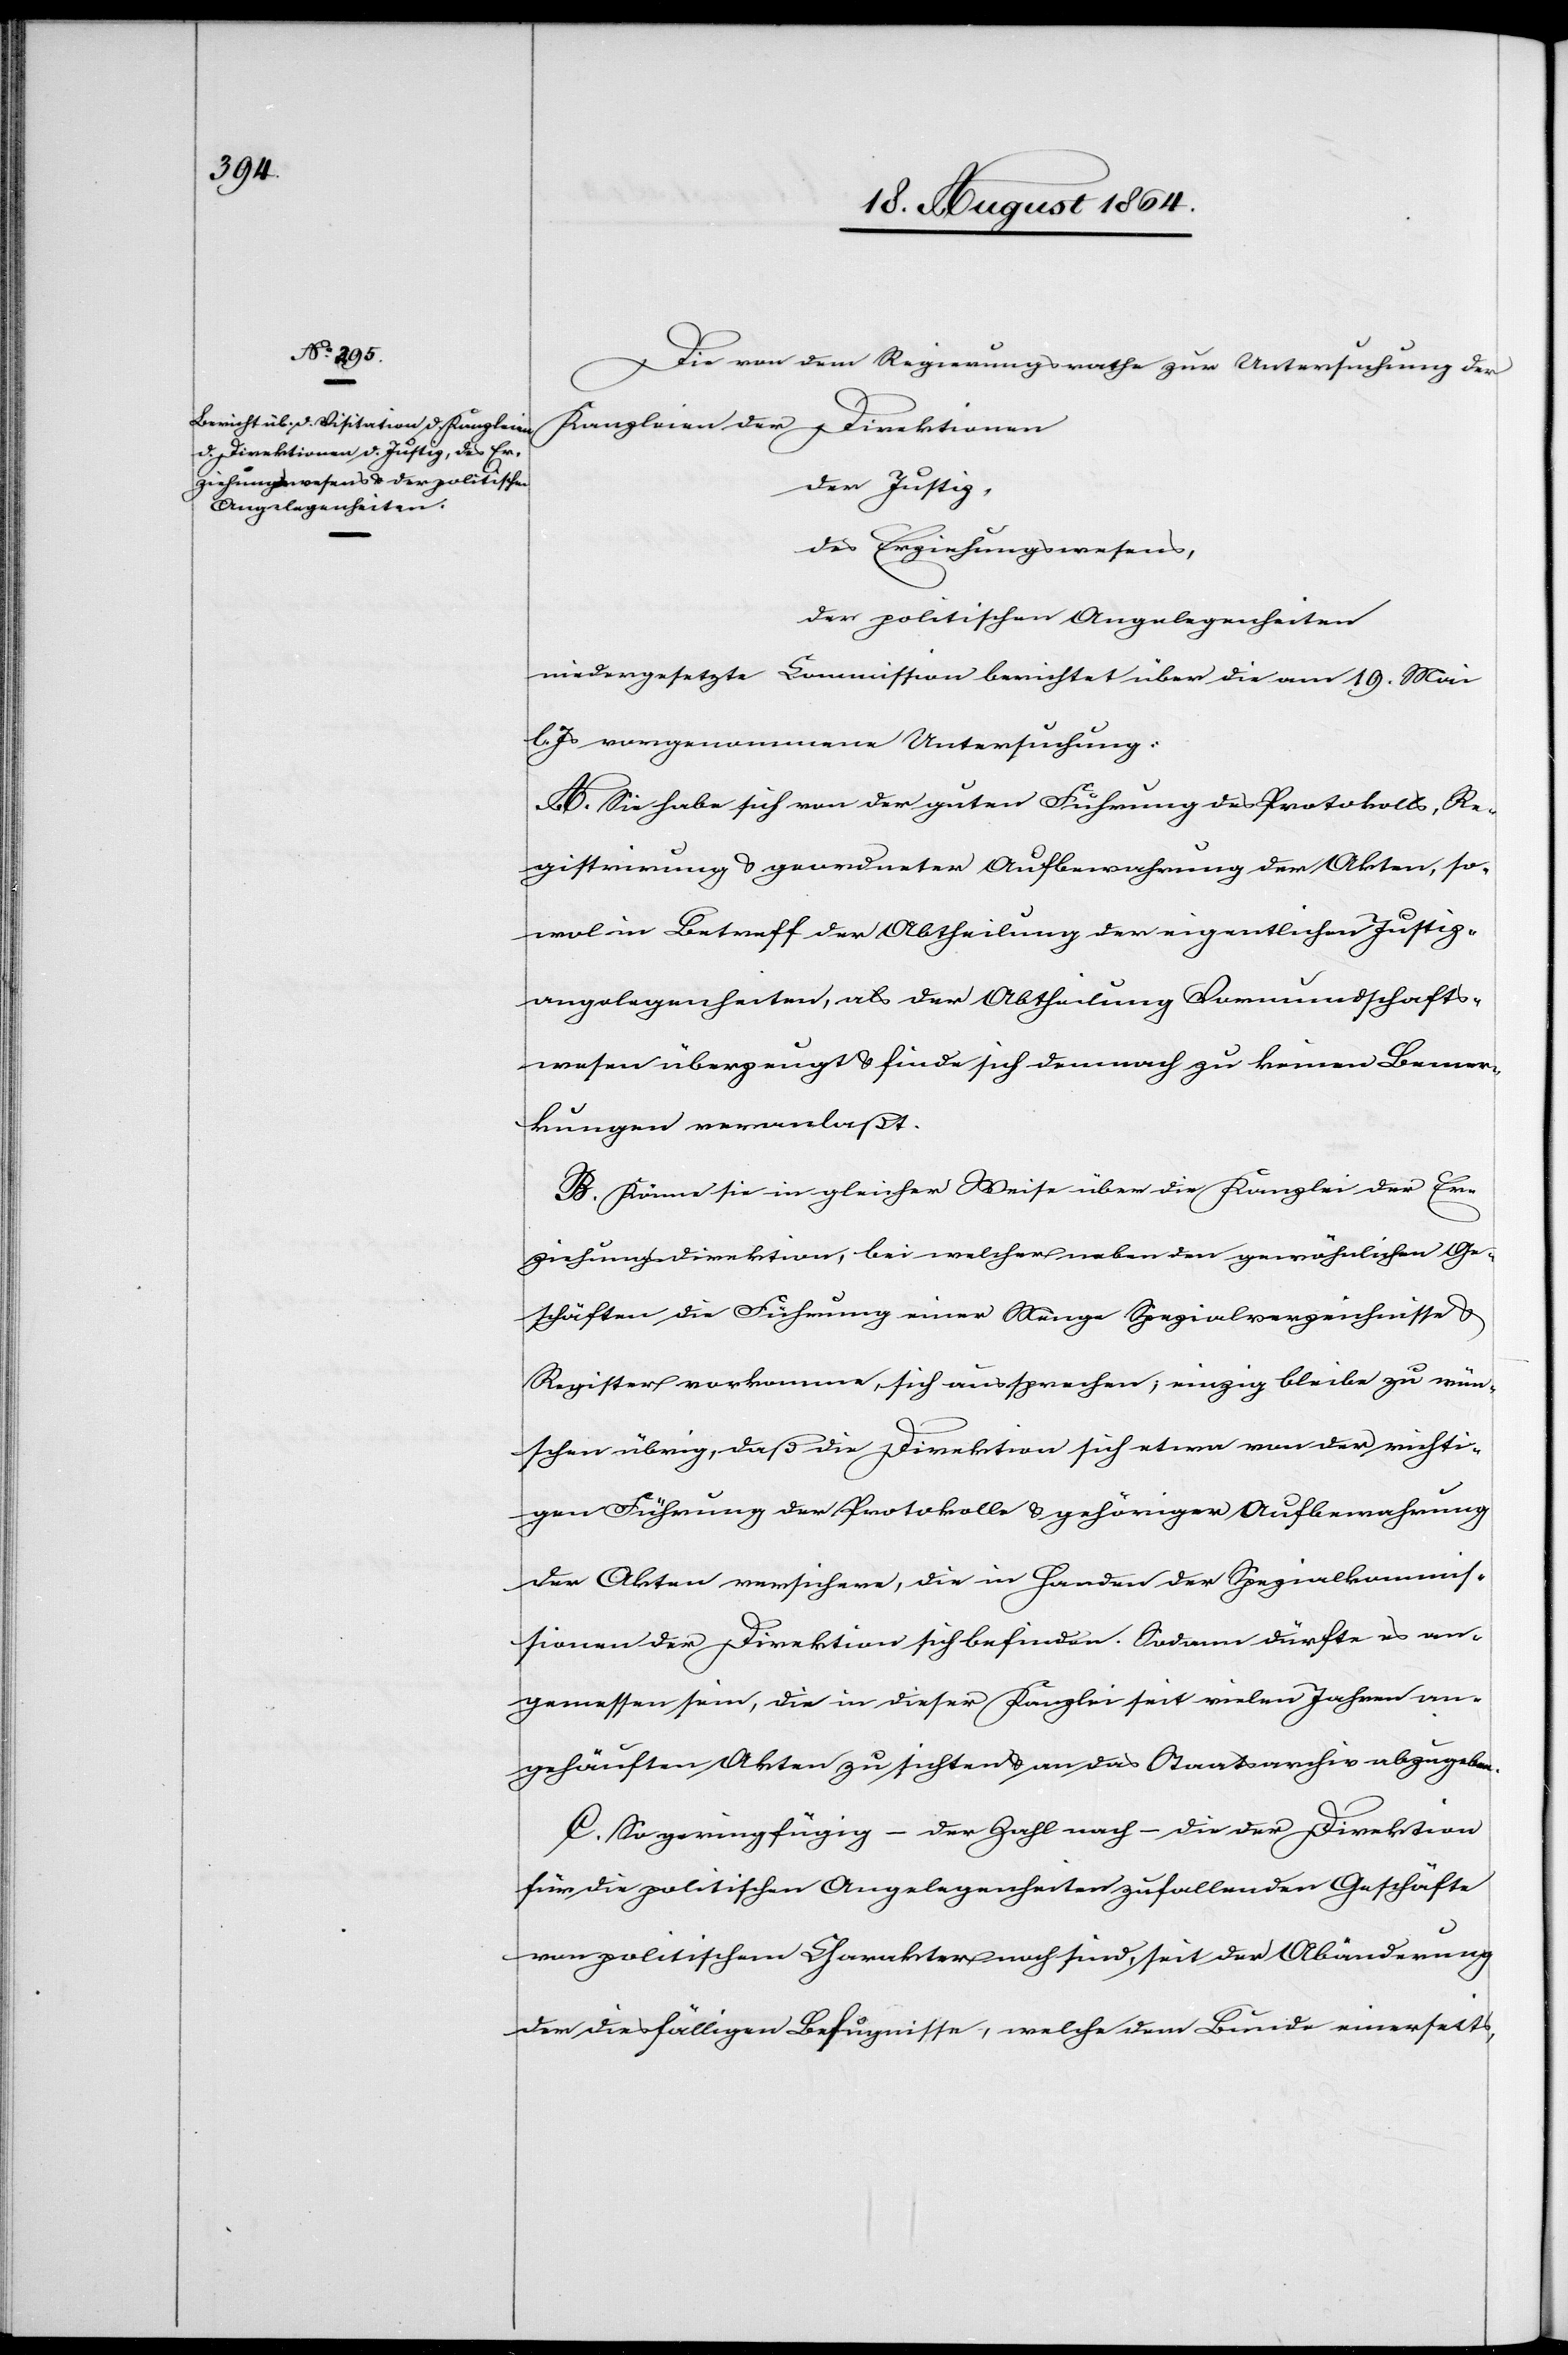
Die von dem Regierungsrathe zur Untersuchung der
Kanzleien der Direktionen
der Justiz,
des Erziehungswesens,
der politischen Angelegenheiten
niedergesetzte Commission berichtet über die am 19. Mai
l. Js vorgenommene Untersuchung:
A. Sie habe sich von der guten Führung des Protokolls, Re¬
gistrirung & geordneter Aufbewahrung der Akten, so¬
wol in Betreff der Abtheilung der eigentlichen Justiz¬
angelegenheiten, als der Abtheilung Vormundschafts¬
wesen überzeugt & finde sich demnach zu keinen Bemer¬
kungen veranlaßt.
B. Könne sie in gleicher Weise über die Kanzlei der Er¬
ziehungsdirektion, bei welcher neben den gewöhnlichen Ge¬
schäften die Führung einer Menge Spezialverzeichnisse &
Register vorkomme, sich aussprechen; einzig bleibe zu wün¬
schen übrig, daß die Direktion sich etwa von der richti¬
gen Führung der Protokolle & gehöriger Aufbewahrung
der Akten versichere, die in Handen der Spezialkommis¬
sionen der Direktion sich befinden. Sodann dürfte es an¬
gemessen sein, die in dieser Kanzlei seit vielen Jahren an¬
gehäuften Akten zu sichern & an das Staatsarchiv abzugeben.
C. So geringfügig – der Zahl nach – die der Direktion
für die politischen Angelegenheiten zufallenden Geschäfte
von politischem Charakter sind, seit der Abänderung
der diesfälligen Befugnisse, welche dem Bunde einerseits,